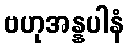
ဗဟုအန္နပါနံ